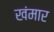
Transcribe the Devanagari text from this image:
खंमार